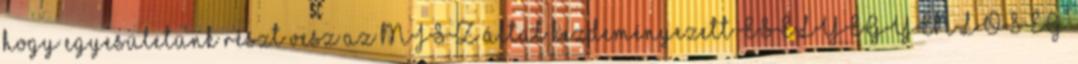
hogy egyesületünk részt vesz az MJSZ által kezdeményezett ESÉLYEGYENLŐSÉG